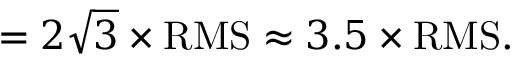
= 2 { \sqrt { 3 } } \times { \mathrm { R M S } } \approx 3 . 5 \times { \mathrm { R M S } } .